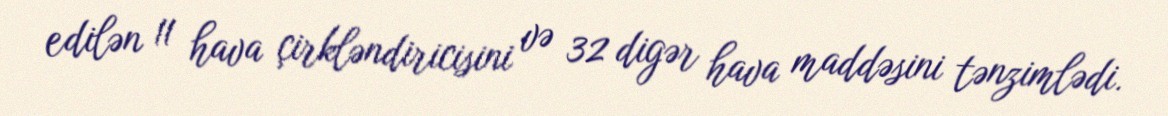
edilən 11 hava çirkləndiricisini və 32 digər hava maddəsini tənzimlədi.